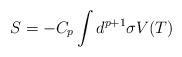
LaTeX: \begin{align*}S=-C_p\int d^{p+1}\sigma V(T)\end{align*}